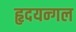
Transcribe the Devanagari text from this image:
हृदयन्गल